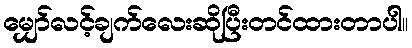
မျှော်လင့်ချက်လေးဆိုပြီးတင်ထားတာပါ။